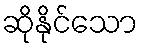
ဆိုနိုင်သော